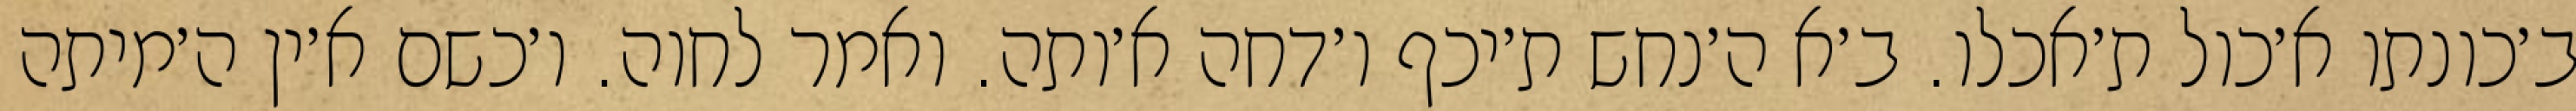
ב׳כונתו א׳כול ת׳אכלו. ב׳א ה׳נחש ת׳יכף ו׳דחה א׳ותה. ואמר לחוה. ו׳כשם א׳ין ה׳מיתה